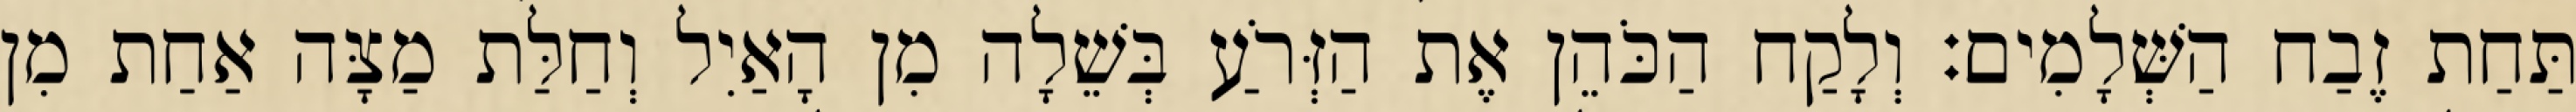
תַּחַת זֶבַח הַשְּׁלָמִים׃ וְלָקַח הַכֹּהֵן אֶת הַזְּרֹעַ בְּשֵׁלָה מִן הָאַיִל וְחַלַּת מַצָּה אַחַת מִן